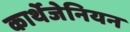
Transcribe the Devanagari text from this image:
कार्थेजेनियन